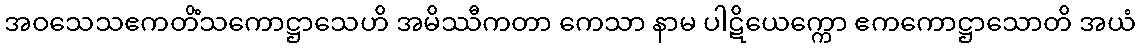
အဝသေသဧကတိံသကောဋ္ဌာသေဟိ အမိဿီကတာ ကေသာ နာမ ပါဋိယေက္ကော ဧကကောဋ္ဌာသောတိ အယံ